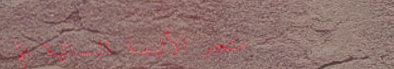
متجر الألبسة النسائية الم